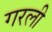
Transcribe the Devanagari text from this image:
गरली